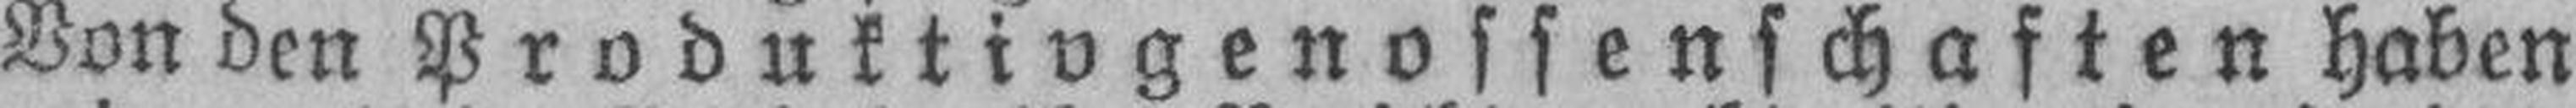
Von den Produktivgenossenschaften haben